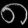
Digit: ၈